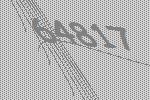
64817